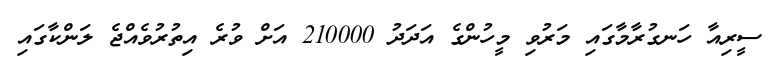
ސީރިއާ ހަނގުރާމާގައި މަރުވި މީހުންގެ އަދަދު 210000 އަށް ވުރެ އިތުރުވެއްޖެ ލަންކާގައި